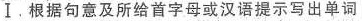
Ⅰ.根据句意及所给首字母或汉语提示写出单词